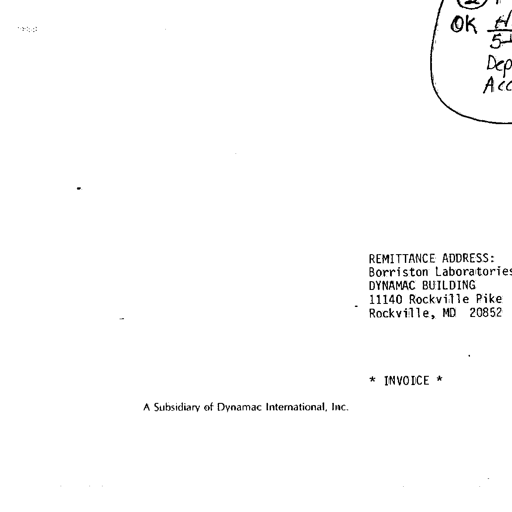
Transcript:
(2)
OK
5-
Dep
Acc
REMITTANCE ADDRESS:
Borriston Laboratories
DYNAMAC BUILDING
11140 Rockville Pike
Rockville, MD 20852
* INVOICE *
A Subsidiary of Dynamac International, Inc.